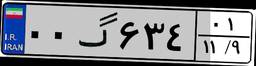
۰۰گ۶۳۴۰۱